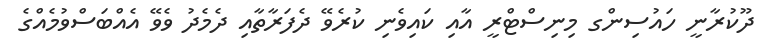
ދޫކުރާނީ ހައުސިންގ މިނިސްޓްރީ އާއި ކައިވެނި ކުރެވޭ ދެފަރާތާއި ދެމެދު ވެވޭ އެއްބަސްވުމެއްގެ